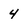
Character: 4